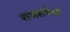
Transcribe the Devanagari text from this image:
राजसभेचा